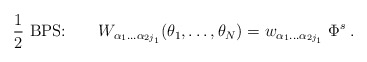
\begin{align*}{1\over 2}\mbox{ BPS:}\qquad W_{\alpha_1\ldots\alpha_{2j_1}} (\theta_{1},\ldots,\theta_{N}) = w_{\alpha_1\ldots\alpha_{2j_1}}\;\Phi^s\;.\end{align*}